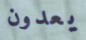
يعدون